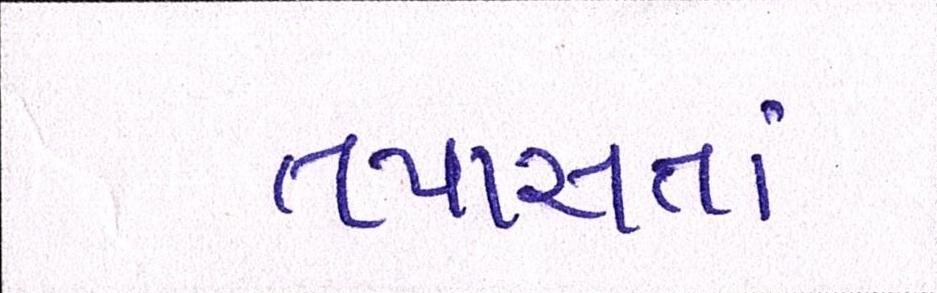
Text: તપાસતાં